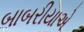
બાબરીયાએ